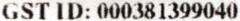
GST ID: 000381399040